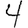
Digit: 4